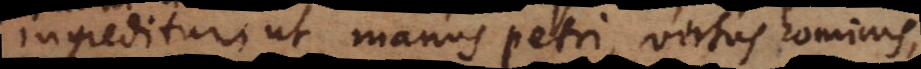
ingreditur, ut manus Petri, virtus hominis,